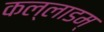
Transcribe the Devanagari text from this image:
कल्लाडम्